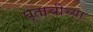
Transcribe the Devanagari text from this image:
घृताचीच्या